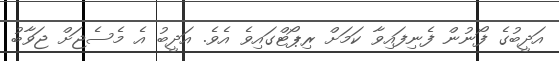
އަދީބުގެ ފޯނުން ފެނިފައިވާ ކަމަށް ރިޕޯޓްގައިވެ އެވެ. އަދީބު އެ މެސެޖަށް ޖަވާބު